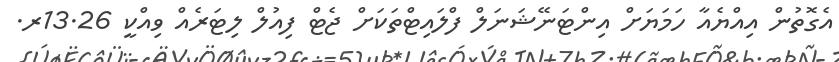
އެގޮތުން އިއްޔެއާ ހަމަޔަށް އިންޓަނޭޝަނަލް ފްލައިޓްތަކަށް ޖެޓް ފިއުލް ލިޓަރެއް ވިއްކީ 13.26ރ.